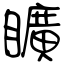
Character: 矌